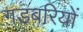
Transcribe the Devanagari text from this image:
गडबरियों